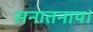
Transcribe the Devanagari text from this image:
सनातनाय।